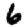
Digit: 6